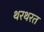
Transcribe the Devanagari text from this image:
थरथरत